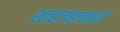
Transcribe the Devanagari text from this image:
शाहजहानाशी